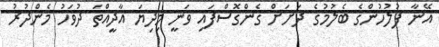
އޭނާ ފުލުހުންގެ ބެލުމުގެ ދަށަށް ގެންގޮސްފައި ވަނީ މިދިޔަ އާދީއްތަ ދުވަހު މެންދުރު